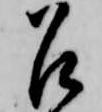
召